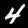
Digit: 4